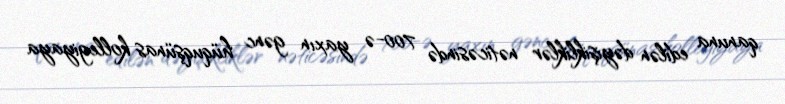
qanuna edilən dəyişikliklər nəticəsində 700-ə yaxın gənc hüquqşünas kollegiyaya